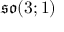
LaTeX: { \mathfrak { s o } } ( 3 ; 1 )